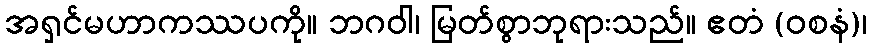
အရှင်မဟာကဿပကို။ ဘဂဝါ၊ မြတ်စွာဘုရားသည်။ ဧတံ (ဝစနံ)၊